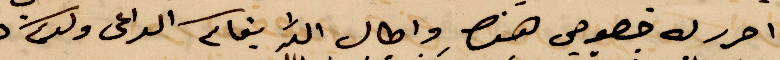
احرر لخ حضوضي هنا واطال الله بقاكم الداعي ولدكم